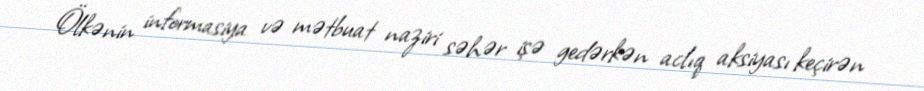
Ölkənin informasiya və mətbuat naziri səhər işə gedərkən aclıq aksiyası keçirən